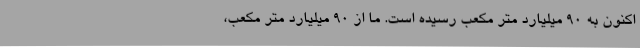
اکنون به 90 میلیارد متر مکعب رسیده است. ما از 90 میلیارد متر مکعب،